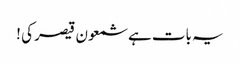
یہ بات ہے شمعون قیصر کی !